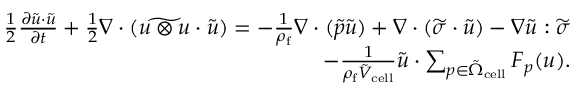
\begin{array} { r } { \frac { 1 } { 2 } \frac { \partial \tilde { \boldsymbol { u } } \cdot \tilde { \boldsymbol { u } } } { \partial t } + \frac { 1 } { 2 } \nabla \cdot ( \widetilde { \boldsymbol { u } \otimes \boldsymbol { u } } \cdot \tilde { \boldsymbol { u } } ) = - \frac { 1 } { \rho _ { \mathrm { f } } } \nabla \cdot ( \widetilde { p } \tilde { \boldsymbol { u } } ) + \nabla \cdot ( \widetilde { \boldsymbol { \sigma } } \cdot \tilde { \boldsymbol { u } } ) - \nabla \tilde { \boldsymbol { u } } : \widetilde { \boldsymbol { \sigma } } } \\ { - \frac { 1 } { \rho _ { \mathrm { f } } \tilde { V } _ { \mathrm { c e l l } } } \tilde { \boldsymbol { u } } \cdot \sum _ { p \in \tilde { \Omega } _ { \mathrm { c e l l } } } \boldsymbol { F } _ { p } ( \boldsymbol { u } ) . } \end{array}